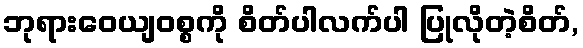
ဘုရားဝေယျဝစ္စကို စိတ်ပါလက်ပါ ပြုလိုတဲ့စိတ်,